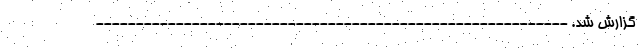
گزارش شد. -----------------------------------------------------------